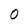
Character: 0